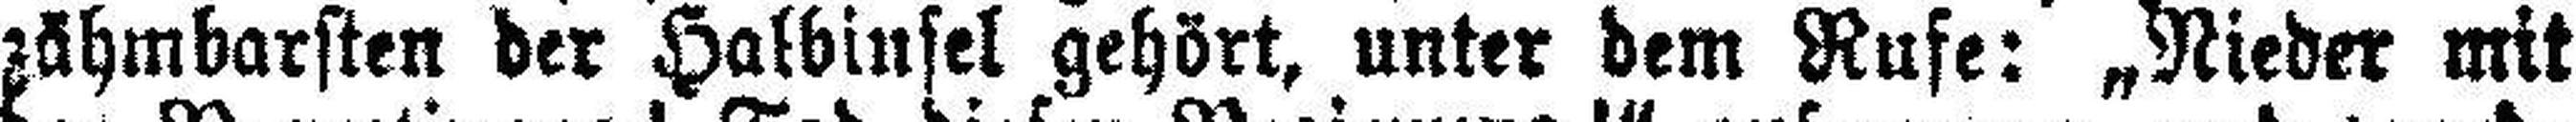
zähmbarsten der Halbinsel gehört, unter dem Rufe: „Nieder mit